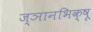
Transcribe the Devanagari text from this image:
ज्ञानभिक्षू